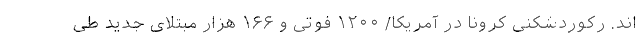
اند. رکوردشکنی کرونا در آمریکا/ ۱۲۰۰ فوتی و ۱۶۶ هزار مبتلای جدید طی